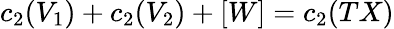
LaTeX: c_{2}(V_{1})+c_{2}(V_{2})+[W]=c_{2}(TX)